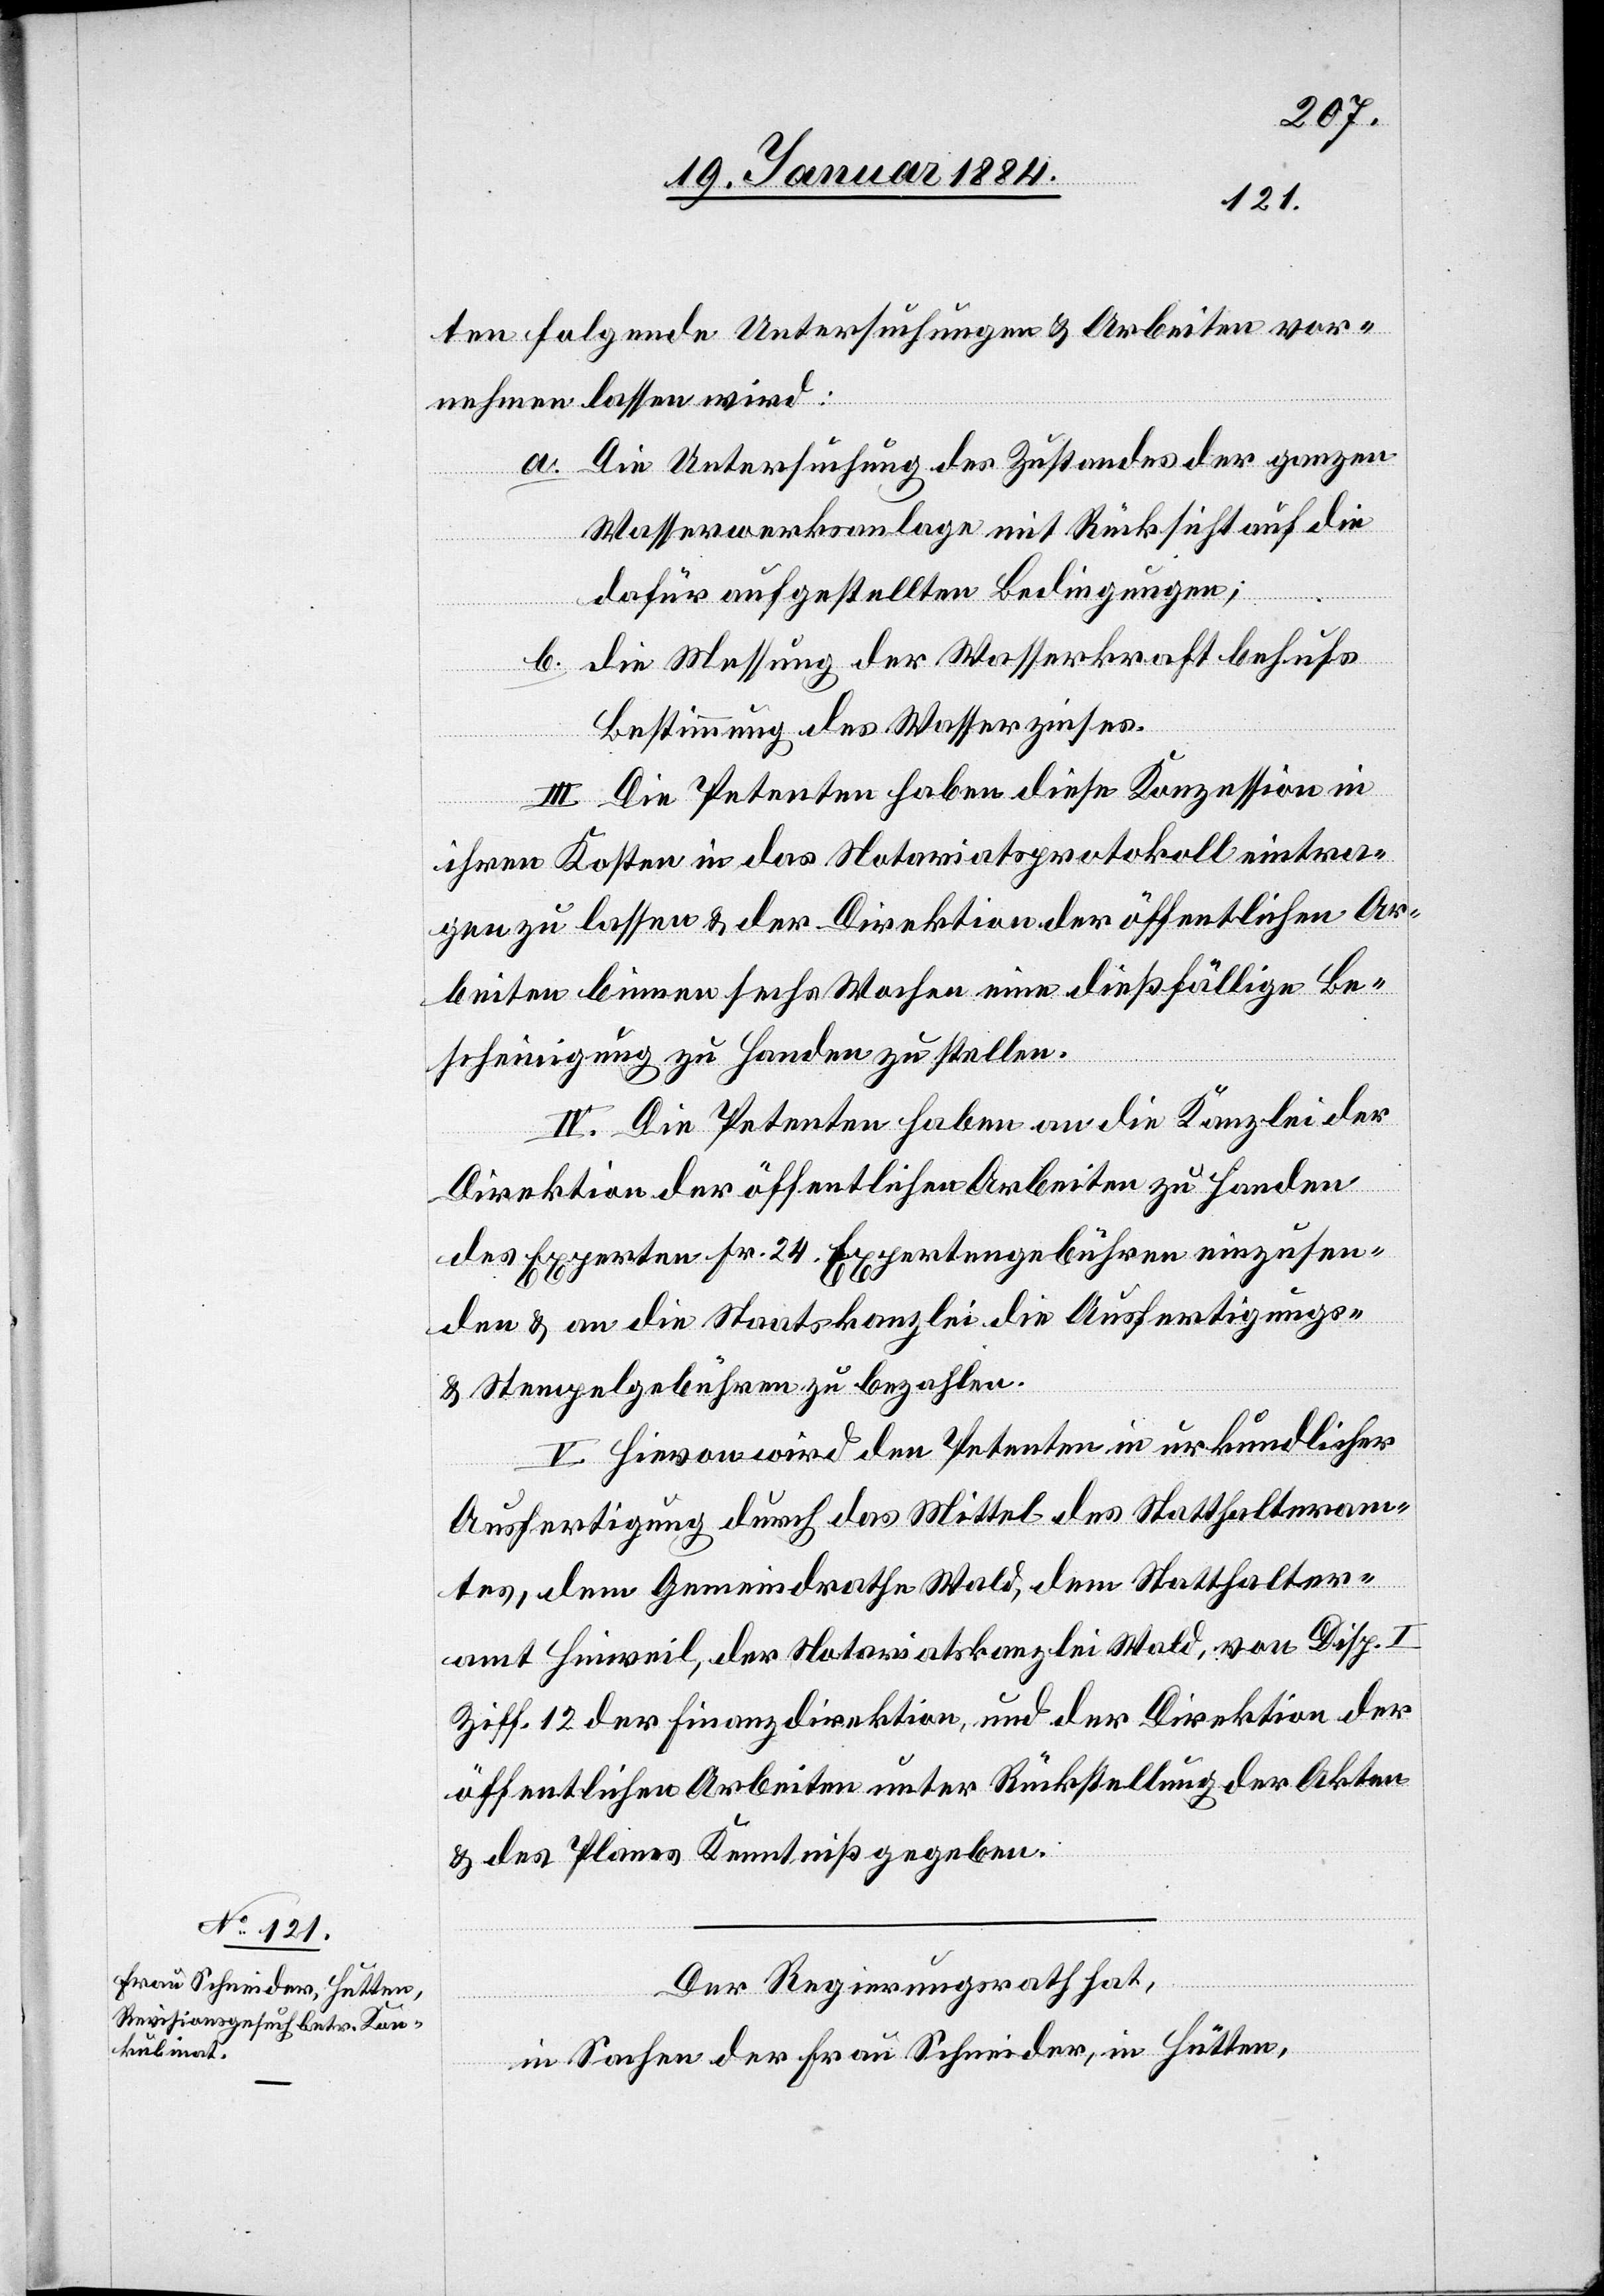
ten folgende Untersuchungen & Arbeiten vor¬
nehmen lassen wird:
a. Die Untersuchung des Zustandes der ganzen
Wasserwerksanlage mit Rücksicht auf die
dafür aufgestellten Bedingungen;
b. die Messung der Wasserkraft behufs
Bestimmung des Wasserzinses.
III. Die Petenten haben diese Konzession in
ihren Kosten in das Notariatsprotokoll eintra¬
gen zu lassen & der Direktion der öffentlichen Ar¬
beiten binnen sechs Wochen eine dießfällige Be¬
scheinigung zu Handen zu stellen.
IV. Die Petenten haben an die Kanzlei der
Direktion der öffentlichen Arbeiten zu Handen
des Experten Fr. 24 Expertengebühren einzusen¬
den & an die Staatskanzlei die Ausfertigungs-
& Stempelgebühren zu bezahlen.
V. Hievon wird den Petenten in urkundlicher
Ausfertigung durch das Mittel des Statthalteram¬
tes, dem Gemeindrathe Wald, dem Statthalter¬
amt Hinweil, der Notariatskanzlei Wald, von Disp. I
Ziff. 12 der Finanzdirektion, und der Direktion der
öffentlichen Arbeiten unter Rückstellung der Akten
& des Planes Kenntniß gegeben.
Der Regierungsrath hat,
in Sachen der Frau Schneider, in Hütten,